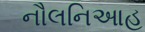
નૌલનિઆહ